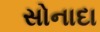
સોનાદા